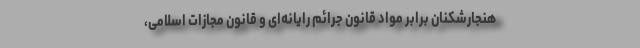
هنجارشکنان برابر مواد قانون جرائم رایانه‌ای و قانون مجازات اسلامی،